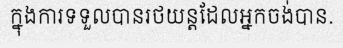
ក្នុងការទទួលបានរថយន្តដែលអ្នកចង់បាន.